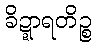
ခိဍ္ဍာရတိဉ္စ